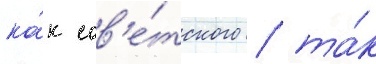
ка́к сов'е́тского / та́к